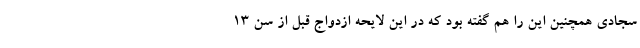
سجادی همچنین این را هم گفته بود که در این لایحه ازدواج قبل از سن ۱۳